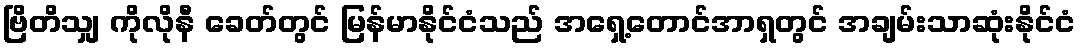
ဗြိတိသျှ ကိုလိုနီ ခေတ်တွင် မြန်မာနိုင်ငံသည် အရှေ့တောင်အာရှတွင် အချမ်းသာဆုံးနိုင်ငံ